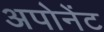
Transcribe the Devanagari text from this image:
अपोनेंट